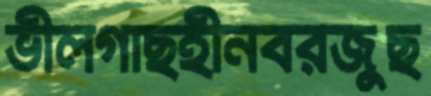
ভীলগাছহীনবরজুছ